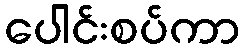
ပေါင်းစပ်ကာ